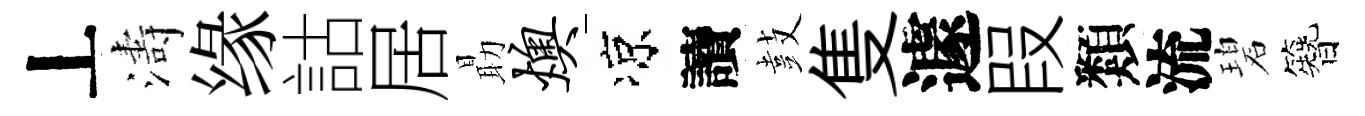
丄濤缘詁居朂燠凉讀鼓隻遽叚類流碧簪